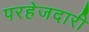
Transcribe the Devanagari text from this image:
परहेजदारी